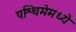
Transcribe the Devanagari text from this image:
पश्चिमेमध्ये